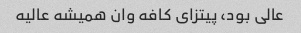
عالی بود، پیتزای کافه وان همیشه عالیه